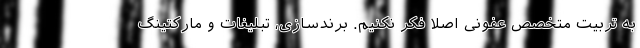
به تربیت متخصص عفونی اصلا فکر نکنیم. برندسازی، تبلیغات و مارکتینگ